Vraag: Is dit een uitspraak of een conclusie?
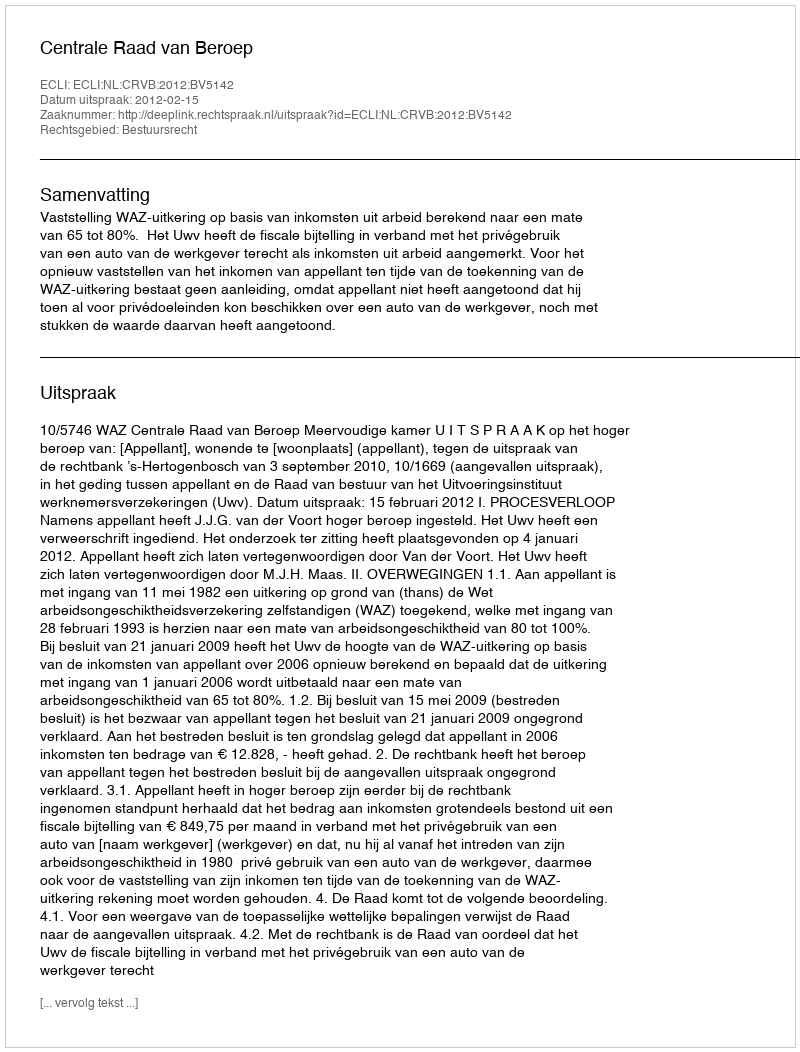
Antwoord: Uitspraak